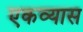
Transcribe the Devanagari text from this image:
एकव्यास